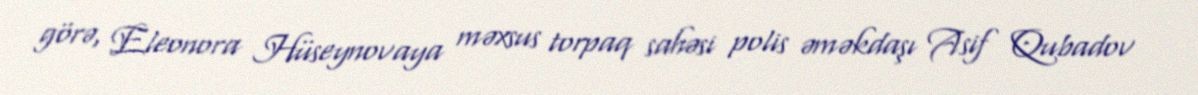
görə, Eleonora Hüseynovaya məxsus torpaq sahəsi polis əməkdaşı Asif Qubadov